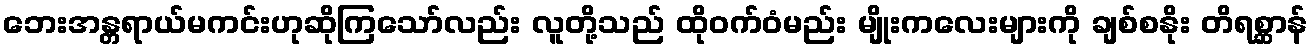
ဘေးအန္တရာယ်မကင်းဟုဆိုကြသော်လည်း လူတို့သည် ထိုဝက်ဝံမည်း မျိုးကလေးများကို ချစ်စနိုး တိရစ္ဆာန်